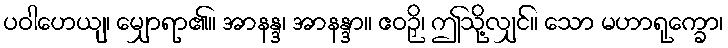
ပဝါဟေယျ၊ မျှောရာ၏။ အာနန္ဒ၊ အာနန္ဒာ။ ဧဝဉှိ၊ ဤသို့လျှင်။ သော မဟာရုက္ခော၊